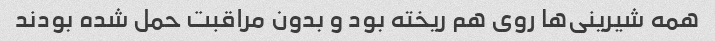
همه شیرینی‌ها روی هم ریخته بود و بدون مراقبت حمل شده بودند